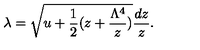
\lambda = \sqrt { u + \frac { 1 } { 2 } ( z + \frac { \Lambda ^ { 4 } } { z } ) } \frac { d z } { z } .